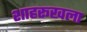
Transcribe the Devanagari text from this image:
शाहरूखला